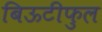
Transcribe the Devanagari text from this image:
बिऊटीफुल